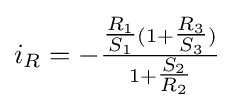
i_{R}=-{\tfrac {{\tfrac {R_{1}}{S_{1}}}(1+{\tfrac {R_{3}}{S_{3}}})}{1+{\tfrac {S_{2}}{R_{2}}}}}